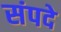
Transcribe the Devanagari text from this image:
संपदे